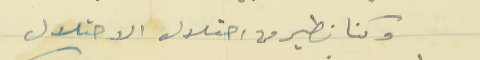
وكنا نطير من احتلال الاحتلال